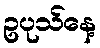
ဥပုသ်နေ့